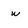
Character: w